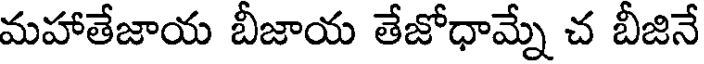
మహాతేజాయ బీజాయ తేజోధామ్నే చ బీజినే